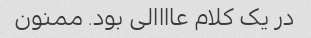
در یک کلام عاااالی بود. ممنون